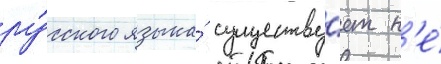
ру́сского языка́ существу́ет н'е́